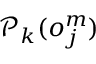
\mathcal { P } _ { k } ( o _ { j } ^ { m } )